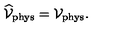
\widehat { \cal V } _ { \mathrm { \scriptsize p h y s } } = { \cal V } _ { \mathrm { \scriptsize p h y s } } .